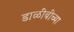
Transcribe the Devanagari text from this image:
डाळींबीच्या